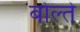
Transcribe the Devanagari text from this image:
बोल्ते